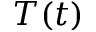
T ( t )